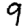
Digit: 9